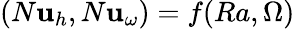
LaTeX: (N\mathbf{u}_{h},N\mathbf{u}_{\omega})=f(Ra,\Omega)